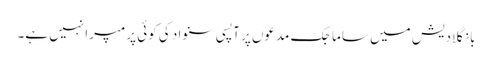
بانگلادیش میں ساماجک مدعوں پر آپسی سنواد کی کوئی پرمپرا نہیں ہے۔